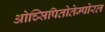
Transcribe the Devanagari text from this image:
ओच्सिपितोतेम्पोरल